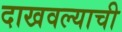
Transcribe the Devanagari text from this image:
दाखवल्याची